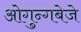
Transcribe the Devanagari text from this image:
ओगुन्गबेजे